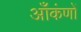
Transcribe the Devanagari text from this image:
आँकंणों